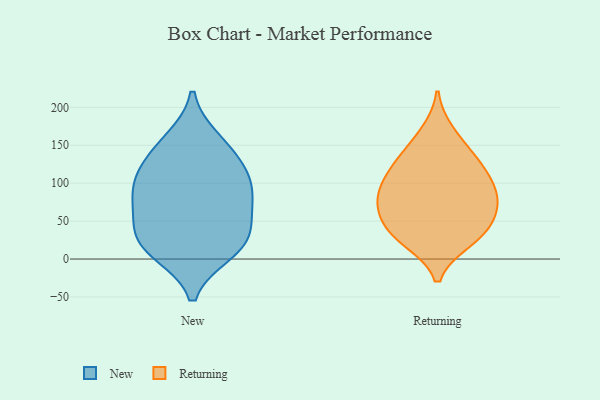
{"axis": {"x": "Bounce Rate (%)", "y": "Value"}, "legend": ["New", "Returning"], "data": [{"x": "", "y": 104, "type": "New"}, {"x": "", "y": 25, "type": "New"}, {"x": "", "y": 10, "type": "New"}, {"x": "", "y": 143, "type": "New"}, {"x": "", "y": 156, "type": "New"}, {"x": "", "y": 94, "type": "New"}, {"x": "", "y": 122, "type": "New"}, {"x": "", "y": 28, "type": "New"}, {"x": "", "y": 16, "type": "New"}, {"x": "", "y": 88, "type": "New"}, {"x": "", "y": 55, "type": "New"}, {"x": "", "y": 70, "type": "New"}, {"x": "", "y": 112, "type": "Returning"}, {"x": "", "y": 79, "type": "Returning"}, {"x": "", "y": 122, "type": "Returning"}, {"x": "", "y": 24, "type": "Returning"}, {"x": "", "y": 144, "type": "Returning"}, {"x": "", "y": 124, "type": "Returning"}, {"x": "", "y": 34, "type": "Returning"}, {"x": "", "y": 84, "type": "Returning"}, {"x": "", "y": 70, "type": "Returning"}, {"x": "", "y": 46, "type": "Returning"}, {"x": "", "y": 78, "type": "Returning"}, {"x": "", "y": 167, "type": "Returning"}, {"x": "", "y": 52, "type": "Returning"}, {"x": "", "y": 96, "type": "Returning"}, {"x": "", "y": 26, "type": "Returning"}]}